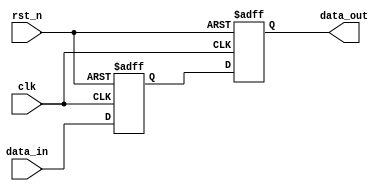
module synchronous_design (
    input wire clk,          // Clock input
    input wire rst_n,       // Active low reset input
    input wire [7:0] data_in, // 8-bit input data
    output reg [7:0] data_out // 8-bit output data
);

    // Internal state variable
    reg [7:0] state;

    // Sequential logic block triggered on the rising edge of the clock
    always @(posedge clk or negedge rst_n) begin
        if (!rst_n) begin
            // Reset condition: initialize state and output
            state <= 8'b0;
            data_out <= 8'b0;
        end else begin
            // Update state based on input data
            state <= data_in; // Example: store input data in state
            data_out <= state; // Example: output the current state
        end
    end

endmodule